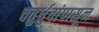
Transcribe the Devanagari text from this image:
चतुर्ध्रुवांपासून